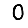
Digit: 0